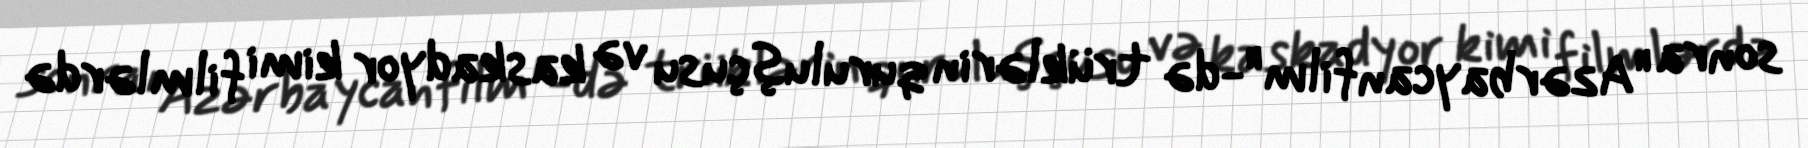
sonra "Azərbaycanfilm"-də trüklərin quruluşçusu və kaskadyor kimi filmlərdə